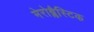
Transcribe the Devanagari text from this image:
मेरोब्लैस्टिक